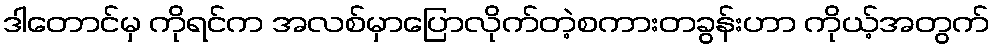
ဒါတောင်မှ ကိုရင်က အလစ်မှာပြောလိုက်တဲ့စကားတခွန်းဟာ ကိုယ့်အတွက်